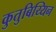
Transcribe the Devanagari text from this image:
कुतुबिय्यिन